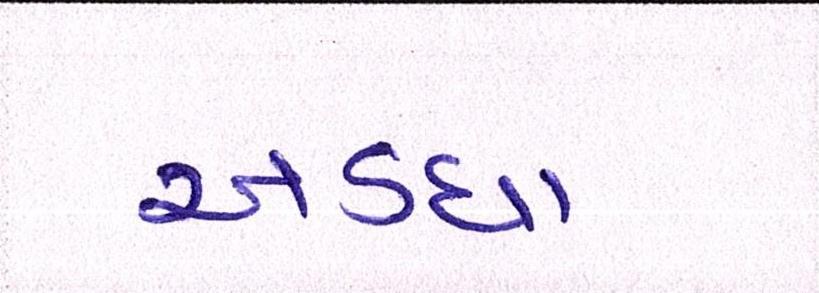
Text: અડધા